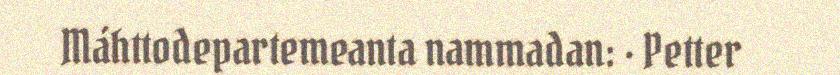
Máhttodepartemeanta nammadan: · Petter